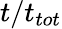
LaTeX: t/t_{tot}